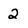
Character: 2